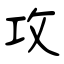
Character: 攻